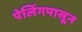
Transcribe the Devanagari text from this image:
पेलिंगपासून